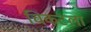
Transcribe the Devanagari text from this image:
चिकटला